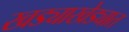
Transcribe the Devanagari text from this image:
खड्याखेड्यात